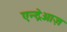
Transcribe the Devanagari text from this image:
एन्द्रेआज़